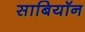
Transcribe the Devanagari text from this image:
साबियॉन